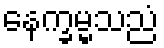
နေက္ခမ္မသညံ